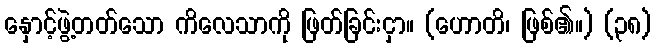
နှောင့်ဖွဲ့တတ်သော ကိလေသာကို ဖြတ်ခြင်းငှာ။ (ဟောတိ၊ ဖြစ်၏။) (၃၈)